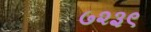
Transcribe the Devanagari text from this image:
७२३९